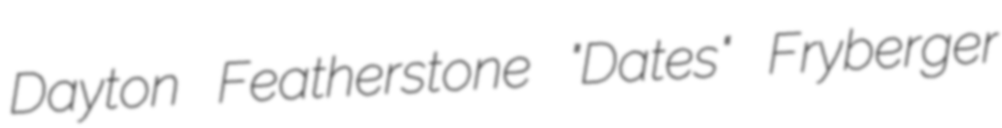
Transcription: Dayton Featherstone "Dates" Fryberger